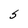
Character: S